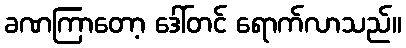
ခဏကြာတော့ ဒေါ်တင် ရောက်လာသည်။